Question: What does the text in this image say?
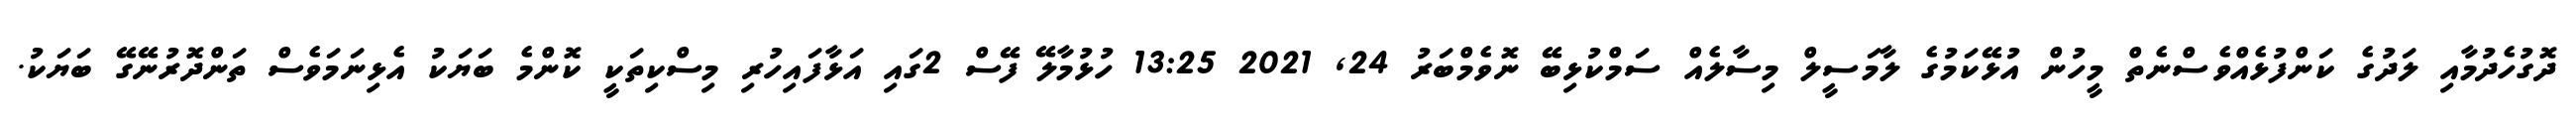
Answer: ދޮގުހެދުމާއި ލަދުގެ ކަންފުޅެއްވެސްނެތް މީހުން އުޅޭކަމުގެ ލާމަސީލް މިސާލެއް ސަމްކުޅިބޭ ނޮވެމްބަރު 24, 2021 13:25 ހުޅުމާލޭ ފޭސް 2ގައި އަޅާފައިހުރި މިސްކިތަކީ ކޮންމެ ބަޔަކު އެޅިނަމަވެސް ތަންދޮރުނޭގޭ ބަޔަކު.